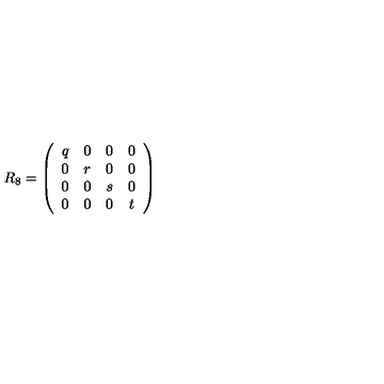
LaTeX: R _ { 8 } = \left( \begin{array} { c c c c } { q } & { 0 } & { 0 } & { 0 } \\ { 0 } & { r } & { 0 } & { 0 } \\ { 0 } & { 0 } & { s } & { 0 } \\ { 0 } & { 0 } & { 0 } & { t } \\ \end{array} \right)